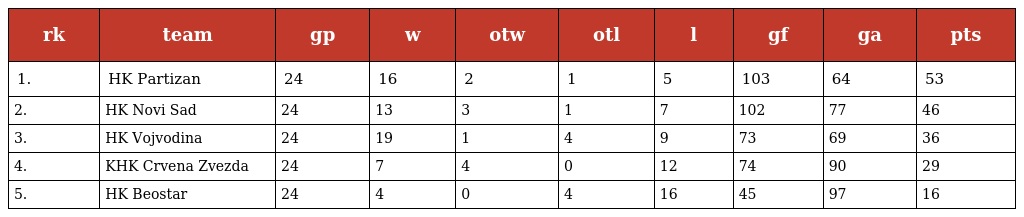
| rk | team | gp | w | otw | otl | l | gf | ga | pts |
 | --- | --- | --- | --- | --- | --- | --- | --- | --- | --- |
 | 1. | HK Partizan | 24 | 16 | 2 | 1 | 5 | 103 | 64 | 53 |
 | 2. | HK Novi Sad | 24 | 13 | 3 | 1 | 7 | 102 | 77 | 46 |
 | 3. | HK Vojvodina | 24 | 19 | 1 | 4 | 9 | 73 | 69 | 36 |
 | 4. | KHK Crvena Zvezda | 24 | 7 | 4 | 0 | 12 | 74 | 90 | 29 |
 | 5. | HK Beostar | 24 | 4 | 0 | 4 | 16 | 45 | 97 | 16 |